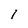
Character: l